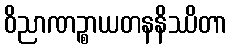
ဝိညာဏဉ္စာယတနနိဿိတာ